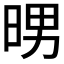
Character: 𭦉